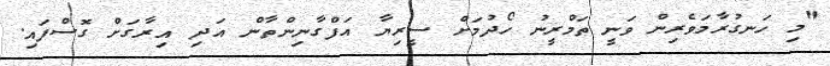
"މި ހަނގުރާމަވެރިން ވަނީ ތަމްރީނު ހޯދުމަށް ސީރިޔާ އަފްގާނިންތާން އަދި އިރާގަށް ގޮސްފައި.